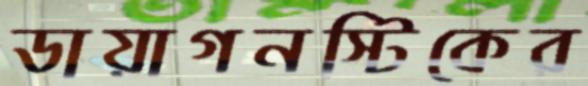
ডায়াগনস্টিকের